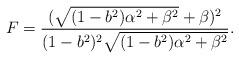
LaTeX: \begin{align*}F=\frac{(\sqrt{(1-b^2)\alpha^2+\beta^2}+\beta)^2}{(1-b^2)^2\sqrt{(1-b^2)\alpha^2+\beta^2}}.\end{align*}